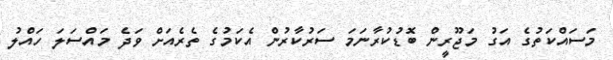
މަސައްކަތުގެ އަގު މަޖޫރީން ބޮޑުކުރާނަމަ ސަރުކާރުން އެކަމުގެ ތެރެއަށް ވަދެ މައްސަލަ ހައްލު